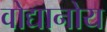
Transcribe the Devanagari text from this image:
वोद्यानोय